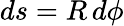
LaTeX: ds=R\, d\phi